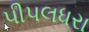
પીપલધરા